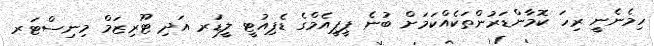
ހިމެނެނީ ރިހަ ކޮމާންޑަރުންތަކެއްކަމަށް ބުނެ ޕީޕީއެމްގެ ޑެޕިއުޓީ ލީޑަރ އަދި ޓޫރިޒަމް މިނިސްޓަރ